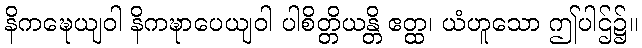
နိကဍ္ဎေယျဝါ နိကဍ္ဎာပေယျဝါ ပါစိတ္တိယန္တိ ဧတ္ထ၊ ယံဟူသော ဤပါဌ်၌။